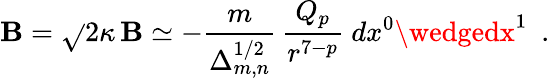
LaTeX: {\cal\mathbf{B}}=\sqrt{}{{2}}\kappa\, \mathbf{B}\simeq-\frac{{m}}{{\Delta_{m,n}^{1/2}}}\, \frac{{Q_{p}}}{{r^{7-p}}}~dx^{0}\wedgedx^{1}~~.